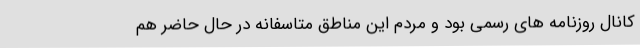
کانال روزنامه های رسمی بود و مردم این مناطق متاسفانه در حال حاضر هم